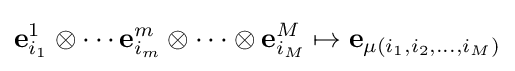
\mathbf {e} _{i_{1}}^{1}\otimes \cdots \mathbf {e} _{i_{m}}^{m}\otimes \cdots \otimes \mathbf {e} _{i_{M}}^{M}\mapsto \mathbf {e} _{\mu (i_{1},i_{2},\ldots ,i_{M})}